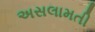
અસલામતી